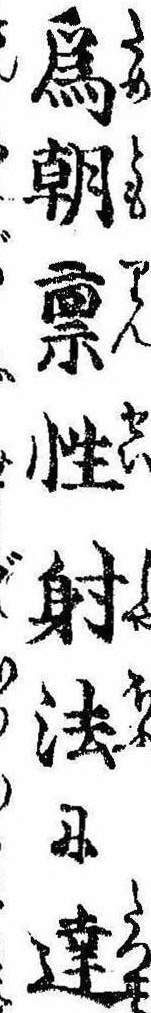
為朝禀性射法に達